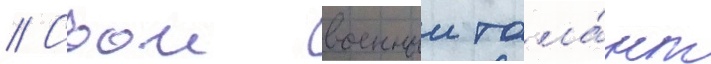
// Свои военныи тала́нт